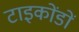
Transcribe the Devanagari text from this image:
टाइकोंडों